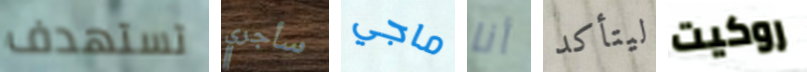
تستهدف سأجري ماجي أنا ليتأكد روكيت